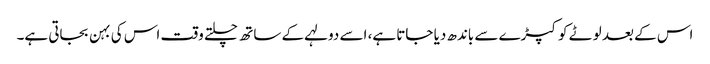
اس کے بعد لوٹے کوکپڑے سے باندھ دیا جاتا ہے، اسے دولہے کے ساتھ چلتے وقت اس کی بہن بجاتی ہے۔